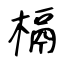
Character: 槅